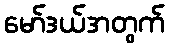
မော်ဒယ်အတွက်